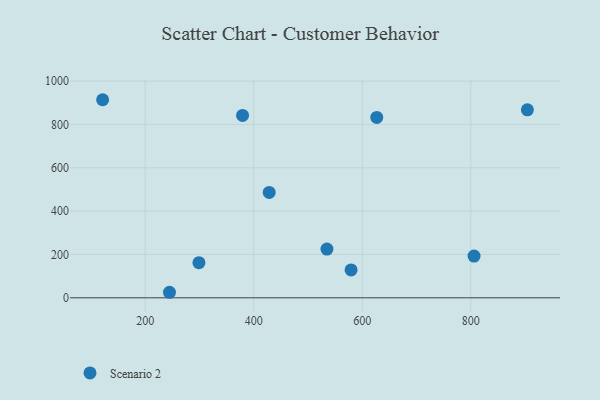
{"axis": {"x": "Study Hours", "y": "Profit"}, "legend": ["Scenario 2"], "data": [{"x": "806.0", "y": 192.6, "type": "Scenario 2"}, {"x": "379.4", "y": 841.7, "type": "Scenario 2"}, {"x": "579.4", "y": 128.5, "type": "Scenario 2"}, {"x": "626.7", "y": 832.4, "type": "Scenario 2"}, {"x": "244.7", "y": 25.5, "type": "Scenario 2"}, {"x": "534.9", "y": 224.8, "type": "Scenario 2"}, {"x": "121.5", "y": 914.2, "type": "Scenario 2"}, {"x": "299.0", "y": 162.0, "type": "Scenario 2"}, {"x": "428.5", "y": 486.2, "type": "Scenario 2"}, {"x": "904.3", "y": 867.6, "type": "Scenario 2"}]}